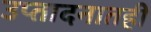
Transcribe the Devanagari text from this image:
उप्तादनातही